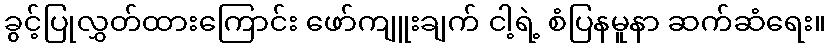
ခွင့်ပြုလွှတ်ထားကြောင်း ဖော်ကျူးချက် ငါ့ရဲ့ စံပြနမူနာ ဆက်ဆံရေး။